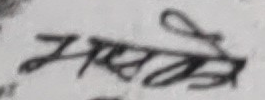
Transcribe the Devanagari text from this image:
भएको